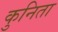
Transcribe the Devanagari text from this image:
कुनिता